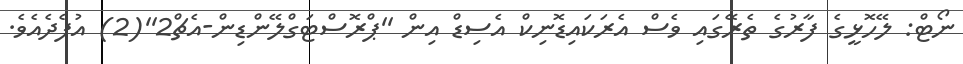
ނޯޓް: ލޭހޮޅީގެ ފާރުގެ ތެރޭގައި ވެސް އެރަކައިޑޮނިކް އެސިޑް އިން ''ޕްރޮސްޓަގްލޭންޑިން-އެޗް2''(2) އުފެދެއެވެ.